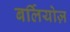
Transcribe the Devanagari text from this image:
बर्लियोज़